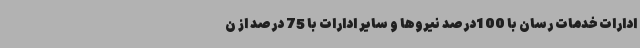
ادارات خدمات رسان با 100درصد نیروها و سایر ادارات با 75 درصد از ن